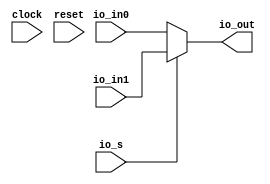
// This program was cloned from: https://github.com/wilfredkisku/CHISEL3-PROJECTS
// License: The Unlicense

module myMuxParameterized(
  input        clock,
  input        reset,
  input        io_s,
  input  [7:0] io_in0,
  input  [7:0] io_in1,
  output [7:0] io_out
);
  assign io_out = io_s ? io_in1 : io_in0; // @[myMuxParameterized.scala 14:18]
endmodule